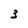
Character: 3